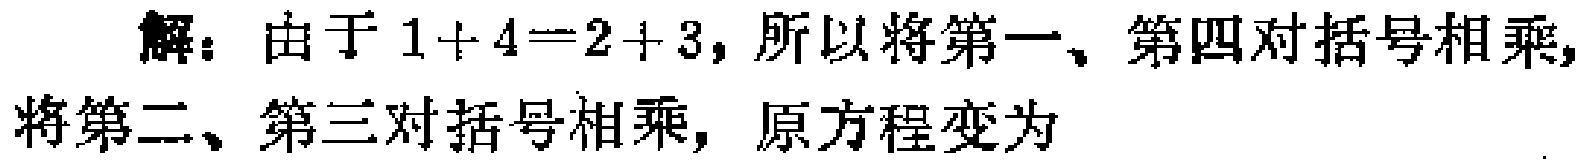
解：由于 \(1 + 4=2 + 3\)，所以将第一、第四对括号相乘，将第二、第三对括号相乘，原方程变为